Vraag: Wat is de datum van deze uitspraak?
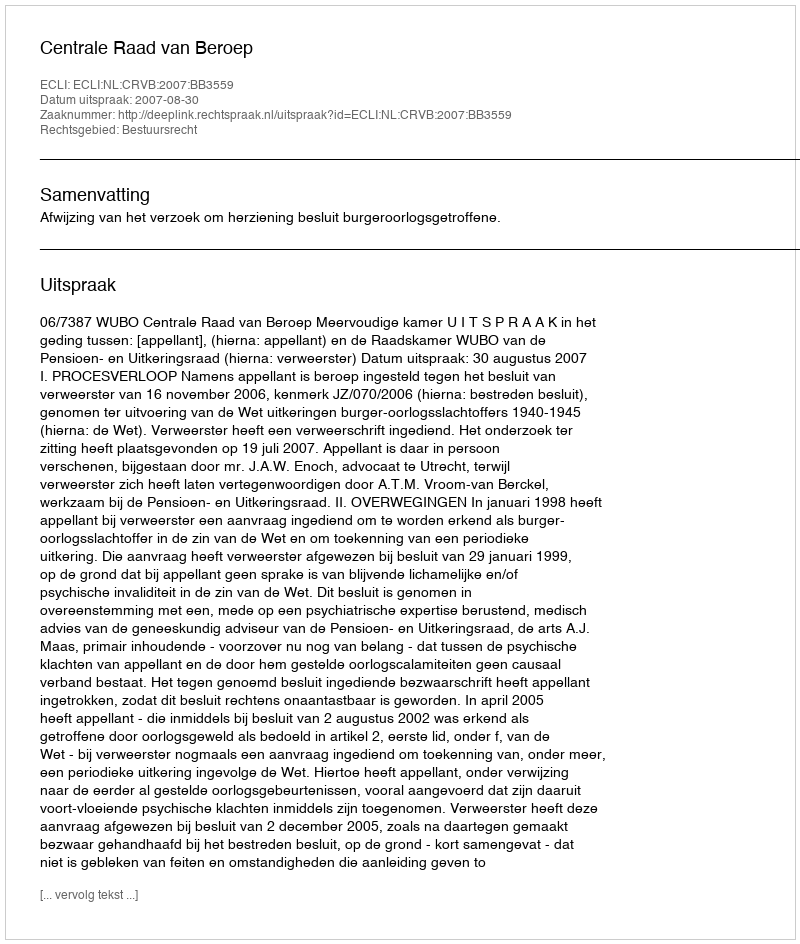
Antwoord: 2007-08-30